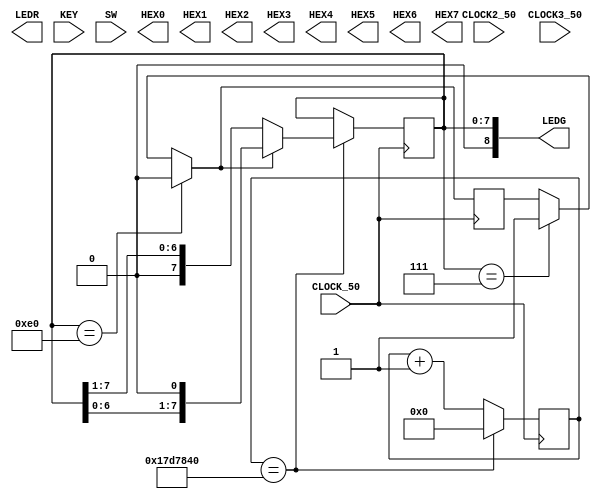

//=======================================================
//  This code is generated by Terasic System Builder
//=======================================================

module t1(

	//////////// CLOCK //////////
	CLOCK_50,
	CLOCK2_50,
	CLOCK3_50,

	//////////// LED //////////
	LEDG,
	LEDR,

	//////////// KEY //////////
	KEY,

	//////////// SW //////////
	SW,

	//////////// SEG7 //////////
	HEX0,
	HEX1,
	HEX2,
	HEX3,
	HEX4,
	HEX5,
	HEX6,
	HEX7 
);

//=======================================================
//  PARAMETER declarations
//=======================================================


//=======================================================
//  PORT declarations
//=======================================================

//////////// CLOCK //////////
input 		          		CLOCK_50;
input 		          		CLOCK2_50;
input 		          		CLOCK3_50;

//////////// LED //////////
output reg		  [8:0]		LEDG = 8'b00000111;
output reg		  [17:0]		LEDR;

//////////// KEY //////////
input		        [3:0]		KEY;

//////////// SW //////////
input 		    [17:0]		SW;

//////////// SEG7 //////////
output		     [6:0]		HEX0;
output		     [6:0]		HEX1;
output		     [6:0]		HEX2;
output		     [6:0]		HEX3;
output		     [6:0]		HEX4;
output		     [6:0]		HEX5;
output		     [6:0]		HEX6;
output		     [6:0]		HEX7;


//=======================================================
//  REG/WIRE declarations
//=======================================================


reg              [2:0]     key0_dly;
reg              [2:0]     key1_dly;
reg				  [27:0]    counter_1;
reg				  [27:0]    counter_2;
reg				      		left_status;


//=======================================================
//  Structural coding
//=======================================================

always @(posedge CLOCK_50)
begin
	if (LEDG == 8'b11100000) left_status = 0;
	else if (LEDG == 8'b00000111) left_status = 1;
	if (counter_1 == 28'd25000000) begin
		if (left_status) LEDG[7:0] <= {LEDG[6:0],1'b0};
		else LEDG[7:0] <= {1'b0,LEDG[7:1]};
		counter_1 <= 28'd0;
//		if (counter_2 == 28'd2) begin
////			LEDG[7] <= ~LEDG[7];
//			LEDG[0] <= ~LEDG[0];
//			counter_2 <= 28'd0;	
//		end   
//		else counter_2 <= counter_2 + 28'd1;	
	end       
	else counter_1 <= counter_1 + 28'd1;
end

endmodule